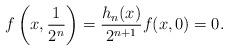
LaTeX: \begin{align*}f\left(x,\frac{1}{2^n}\right)=\frac{h_n(x)}{2^{n+1}} f(x,0)=0.\end{align*}